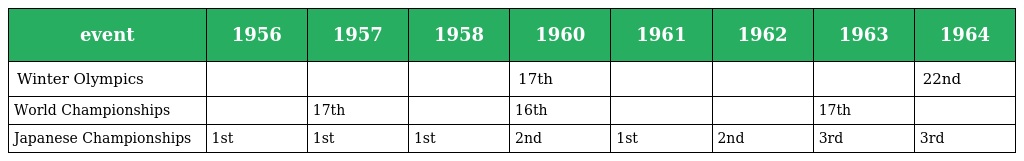
| event | 1956 | 1957 | 1958 | 1960 | 1961 | 1962 | 1963 | 1964 |
 | --- | --- | --- | --- | --- | --- | --- | --- | --- |
 | Winter Olympics |  |  |  | 17th |  |  |  | 22nd |
 | World Championships |  | 17th |  | 16th |  |  | 17th |  |
 | Japanese Championships | 1st | 1st | 1st | 2nd | 1st | 2nd | 3rd | 3rd |